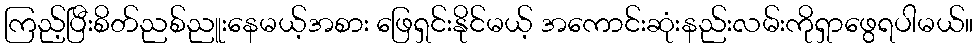
ကြည့်ပြီးစိတ်ညစ်ညူးနေမယ့်အစား ဖြေရှင်းနိုင်မယ့် အကောင်းဆုံးနည်းလမ်းကိုရှာဖွေရပါမယ်။